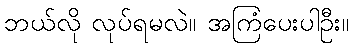
ဘယ်လို လုပ်ရမလဲ။ အကြံပေးပါဦး။